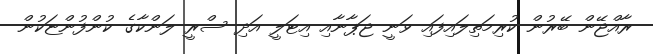
ރާއްޖޭން ބޭރުން ކުރިމަތިލައިފައި ވަނީ ޖަޕާނާއި އިޓަލީ އަދި ސްރީ ލަންކާގެ ކުންފުންޏަކުން